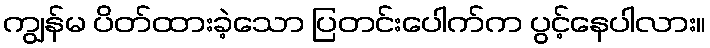
ကျွန်မ ပိတ်ထားခဲ့သော ပြတင်းပေါက်က ပွင့်နေပါလား။